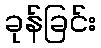
ခုန်ခြင်း